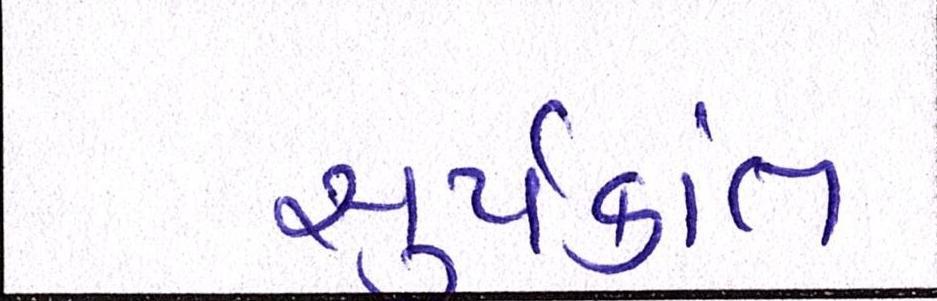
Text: સૂર્યકાંત